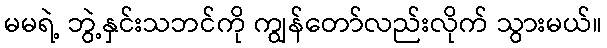
မမရဲ့ ဘွဲ့နှင်းသဘင်ကို ကျွန်တော်လည်းလိုက် သွားမယ်။